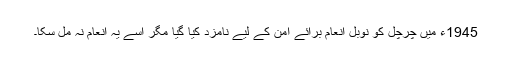
1945ء میں چرچل کو نوبل انعام برائے امن کے لیے نامزد کیا گیا مگر اسے یہ انعام نہ مل سکا۔